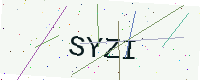
Text: SYZI